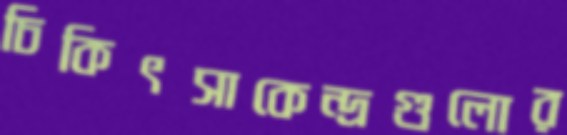
চিকিৎসাকেন্দ্রগুলোর